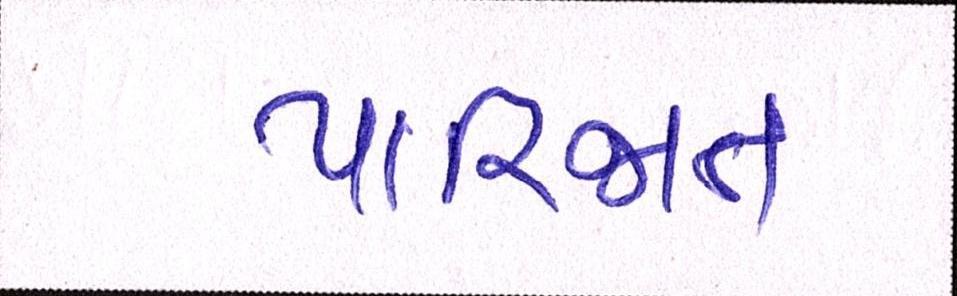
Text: પારિજાત